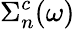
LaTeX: \Sigma_{n}^{c}(\omega)